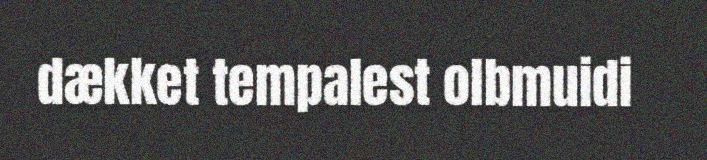
dækket tempalest olbmuidi